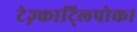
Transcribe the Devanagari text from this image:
टेज़्काट्लिपोका